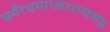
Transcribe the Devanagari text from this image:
धर्मरथमाध्वररम्यभद्र